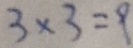
3 \times 3 = 9